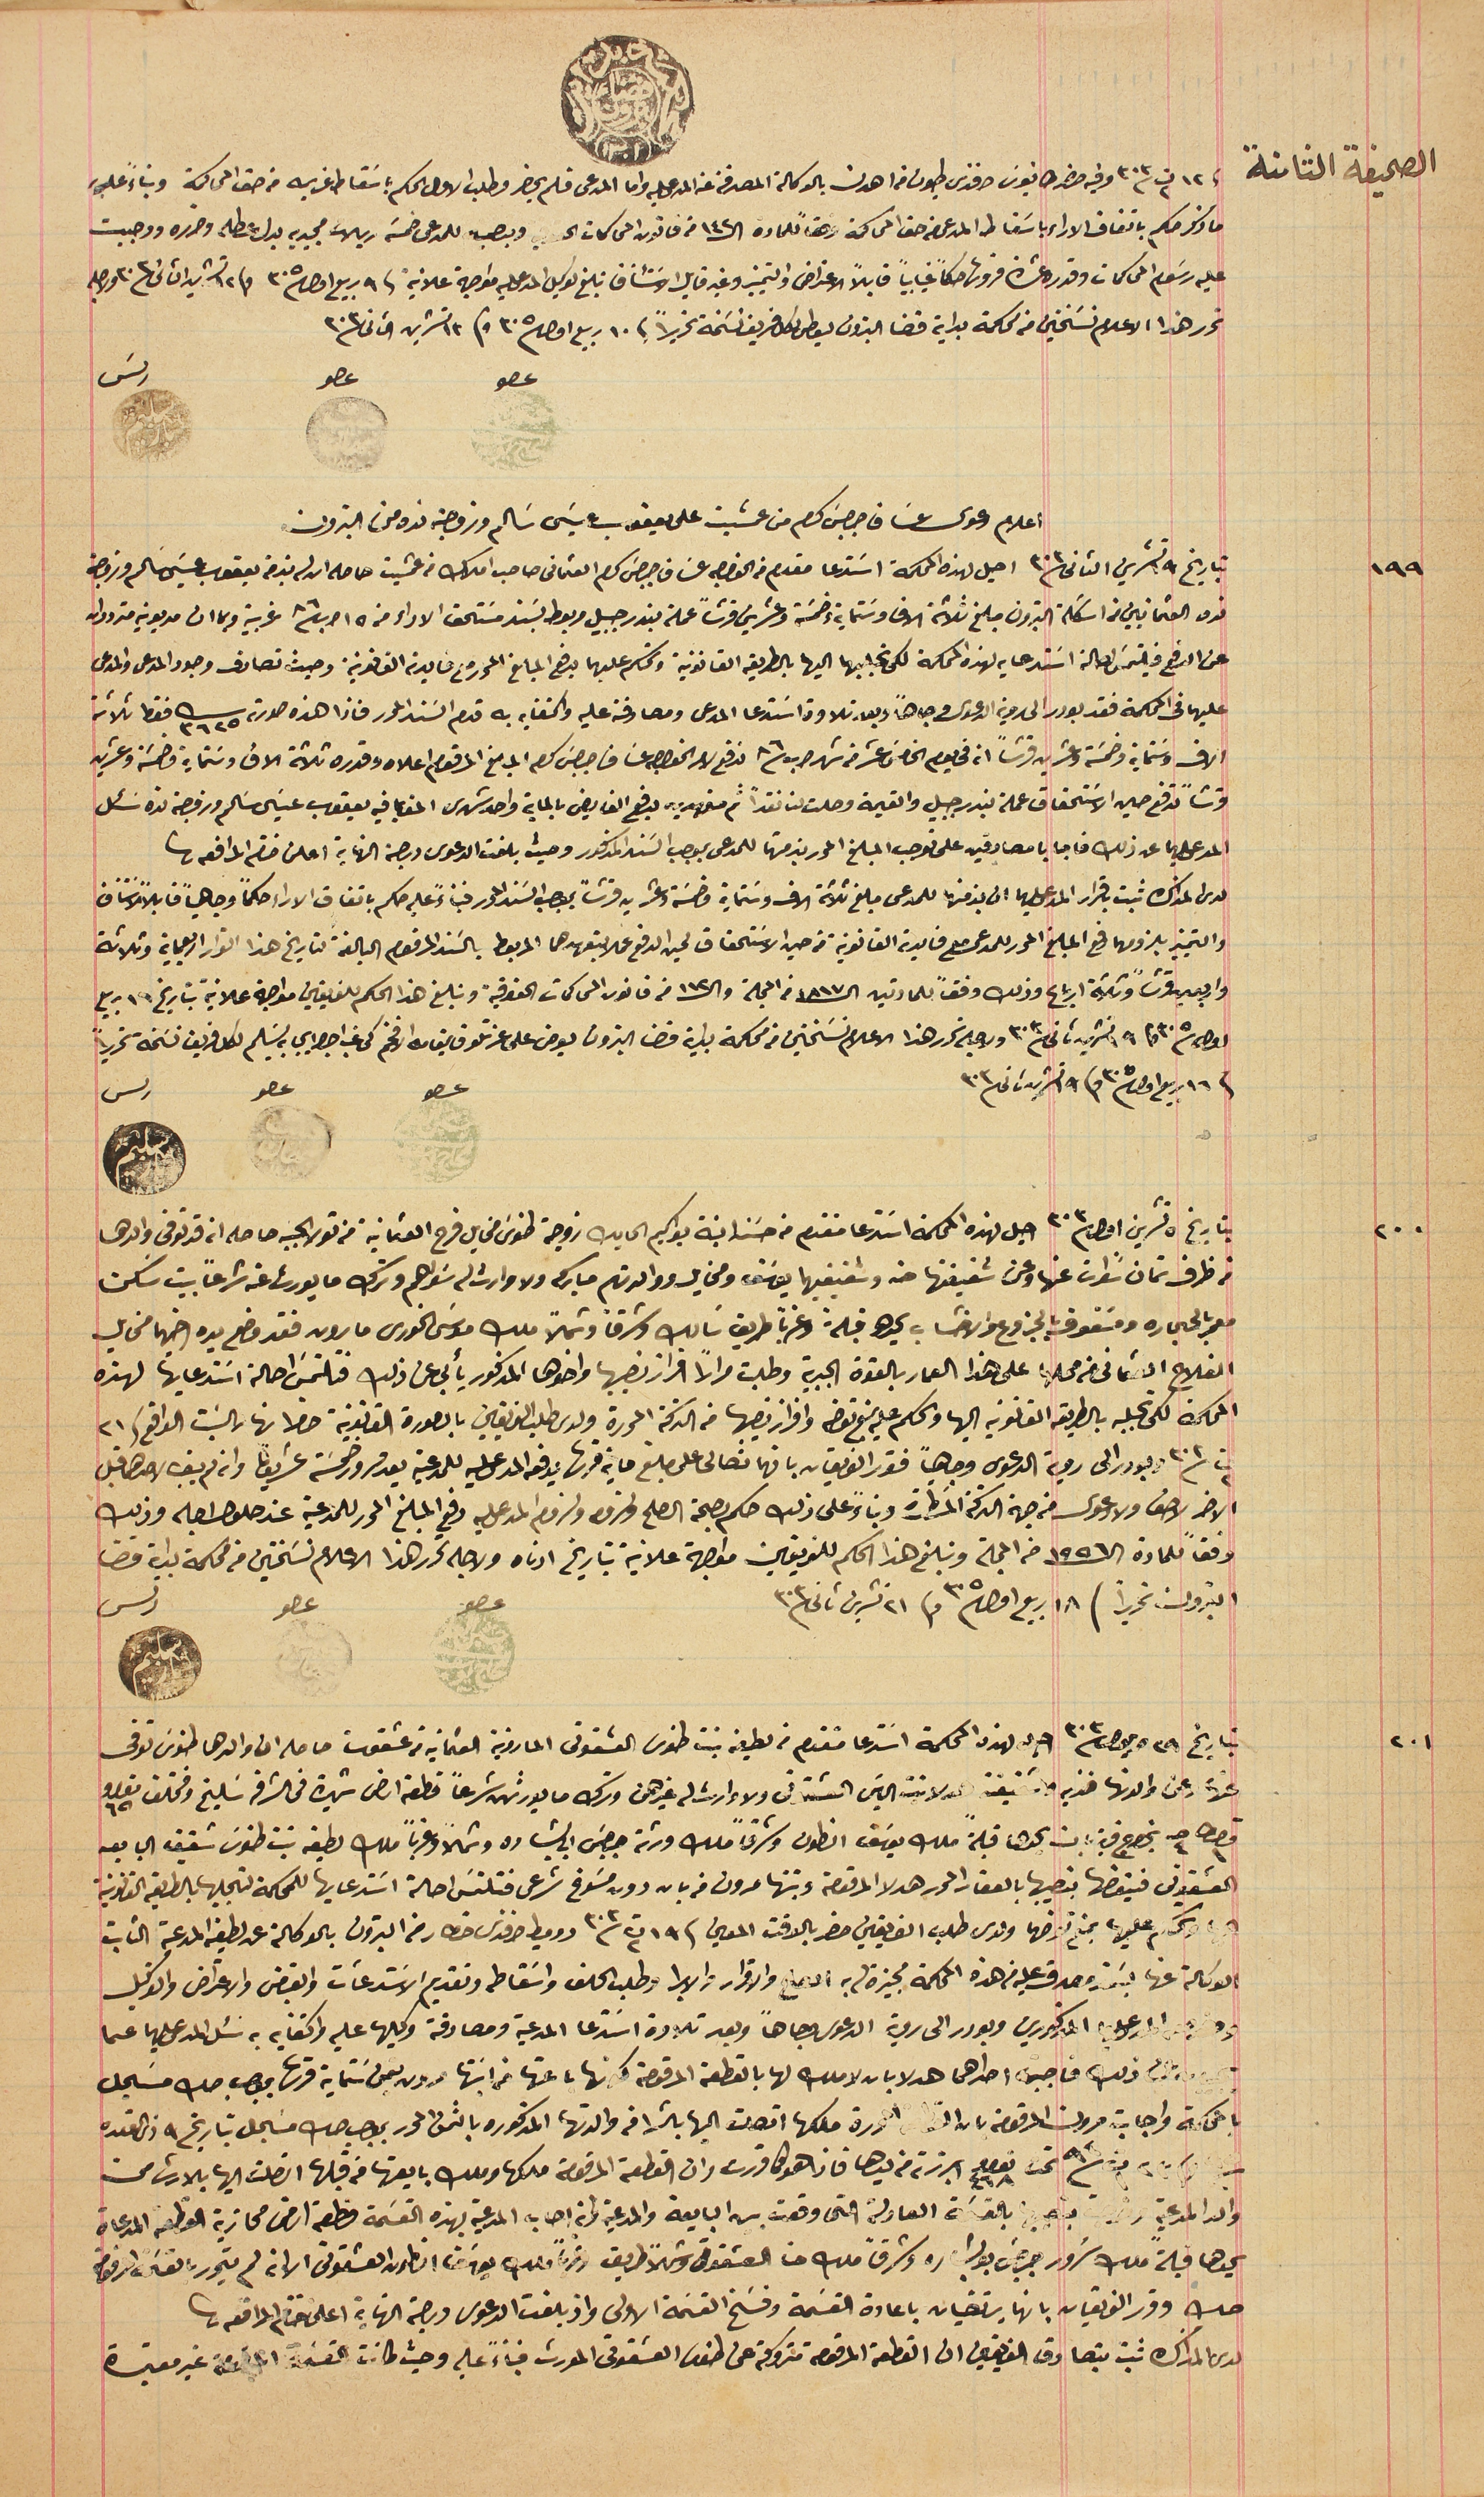
الصحيفة الثامنة فى ١٢ ت٢ ٣٠٣ وفيه حضر طانيوسَ افندى طيون من اهدن بالوكالة المصدقة عن المدعى عليه واما المدعى فلم يحضر وطلب الاول الحكم باسَقاط غريمه من حق المحاكمة وبناءً عليه
ما ذكر حكم باتفاق الاراء باسقاط المدعى من حق المحاكمة وفقاً للمادة ال١٤٢ من قانون المحاكمات الحقوقي ويوجب للمدعى خمسَة ريالات مجيديه بدل عطله وضرره ووجبت
عليه رسَوم المحاكمات وقدره عشرة قروش حكماً غيابياً قابلاً الاعتراض والتمييز وغير قابل الاسَتئناف تبلغ لوكيل المدعى عليه مواجهة علانية فى ٩ ربيع اول ٣٠٥ و ١٢ تشرين الثانى/٣٠٣ ولاجله
تحرر هذا الاعلام نسَختين من محكمة بداية قضا البترون ليعطى لكل فريق نسَخة تحريراً فى ١٠ ربيع اول ٣٠٥ و ١٣ تشرين الثانى ٣٠٣
اعلام دعوى عسَاف جرجسَ كرم من عمشيت على يعقوب عيسَى سَالم وزوجته نده من البترون
بتاريخ ١٩ تشرين الثانى ٣٠٣ احيل لهذه المحكمة اسَتدعا مقدم من الخواجه عسَاف جرجسَ كرم العثمانى صاحب املاك من عمشيت حاصله ان له بذمة يعقوب عيسَى سَالم وزوجته
نده العثمانيين من اسَكلة البترون مبلغ ثلاثة الاف وسَتماية وخمسَة وعشرين قرشاً عملة بندر جبيل مربوط بسَند مسَتحق الاداء من ١٥ اب /٨٦ غربية وبما ان مديونيه مترددان
عن الدفع فليتمسَ احالة استدعايه لهذه المحكمة لكى نجلبهما اليها بالطريقه القانونية ونحكم عليهما بدفع المبلغ المحرر مع فايدته القانونية وحيث تصادف وجود المدعى والمدعى
عليهما فى المحكمة فقد بودر الى روية الدعوى وجاهاً وبعد تلاوة اسَتدعا المدعى ومصادقته عليه واكتفايه به قدم السَند المحرر فاذا هذه صورته ٣٦٢٥ فقط ثلاثة
الاف وستماية وخمسَة وعشرين قرشاً انه في يوم الخامسَ عشر من شهر اب ٨٦ ندفع لامر الخواجه عسَاف جرجسَ كرم المبلغ المرقوم اعلاه وقدره ثلاثة الاف وسَتماية وخمسَة وعشرين
قرشاً تدفع حين الاستحقاق عملة بندر جبيل والقيمة وصلت لنا نقداً ثم متعهدين بدفع الفايض بالماية واحد شهرى الحق بما فيه يعقوب عيسَى سَالم وزوجته نده سَئل
المدعى عليهما عن ذلك فاجابا مصادقين على توجب المبلغ المحرر بذمتها للمدعى بموجب السَند المذكور وحيث بلغت الدعوى درجة النهاية اعلن ختم المرافعة
لدى المذاكرة ثبت باقرار المدعى عيلهما ان بذمتها للمدعى مبلغ ثلاثة الاف وسَتماية وخمسَة وعشرين قرشاً بموجب السَند المحرر فبناءً عليه حكم باتفاق الاراء حكماً وجاهياً قابلاً للاستئناف
والتمييز بلزومهما دفع المبلغ المحرر للمدعى مع فايدته القانونية من حين الاسَتحقاق لحين الدفع عملا بتعهدهما المربوط بالسَند المرقوم البالغة لتاريخ هذا القرار اربعماية وثلاثة
واربعين قرشاً وثلاثة ارباع وذلك وفقاً للمادتين ال١٨١٧ من المجلة وال١١٢ من قانون المحاكمات الحقوقية وتبلغ هذا الحكم للفريقين مواجهة علانية بتاريخ ١٦ ربيع
اول ٣٠٥ وفى ١٩ تشرين ثانى ٣٠٣ ولاجله تحرر هذا الاعلام نسَختين من محكمة بداية قضا البترون يعرض على عزتلو قايمقام الافخم كى غب اجرا ايجابه تسَليم لكل فريق نسخة تحريراً
فى ١٦ ربيع اول ٣٠٥ وفى ١٩ تشرين ثانى ٣٠٣                                                               عصو                  عصو                     رىس
بتاريخ ٥ تشرين اول ٣٠٣ احيل لهذه المحكمة اسَتدعا مقدم من حسَنه ابنة يواكيم الحايك زوجة طنوسَ مخايل فرح العثمانية من تولا الجبه حاصله انه قد توفى والدها
من ظرف تمان سنوات عنها وعن شقيقتها حنه وشقيقيهما يوسَف ومخايل ووالدتهم مباركه ولا وارث له سَواهم وترك ما يورث عنه شرعاً بيت سكن
معمر بالحجاره ومسَقوف بالجزوع والاخشاب يحدها قبلة وغرباً طريق سَالك وشرقاً وشمالاً ملك موسَى الخورى مارون فقد وضع يده اخيهما مخايل
 الفلاح العثمانى من محلها على هذا العمار بالقوة الجبرية وطلبت مراراً افراز نصيبها واخوها المذكور يأبى عن ذلك فتلتمسَ احالة اسَتدعايها لهذه
المحكمة لكى تجلبه بالطريقه القانونية اليها والحكم عليه بمنع تعرض وافراز نصيبها من التركة المحررة ولدى طلب الفريقين بالصورة القانونية حضرا نهار السَبت الواقع فى٢١
ت٢ ٣٠٣ وبودر الى روية الدعوى وجاهياً فقرر الفريقان بانهما تصالحا على مبلغ ماية قرش يدفعه المدعى عليه للمدعية بعد مرور خمسَة عشريومًا وانه لم يبق لاحدهما قبل
الاخر لاحق ولا دعوى من جهة التركة المسَطرة وبناءً على ذلك حكم بصحة الصلح ولزومه ولزوم المدعى عليه دفع المبلغ المحرر للمدعية عند حلول اجله وذلك
وفقاً للمادة الـ١٥٥٦ من المجلة وتبلغ هذا الحكم للفريقين مواجهة علانية بتاريخ ادناه ولاجله تحرر هذا الاعلام نسَختين من محكمة بداية قضا
البترون تحريراً / ١٨ ربيع اول ٣٠٥ و٢١ تشرين ثاني ٣٠٣                                             عصو                          عصو             رىس
بتاريخ ٢٩ ايلول ٣٠٣ احيل لهذه المحكمة استدعا متقدم من لطيفه بنت طنوس العشقوتى المارونية العثمانية من عشقوت حاصله ان والدها طنوسَ توفى
عنها وعن والدتها فنديه وشقيقة هدلا بنت الياسَ العشقوتى ولا وارث له غيرهن وترك ما يورثهن شرعاً قطعة ارض شهيرة فى الشرفة سَليخ ومختلف نومرو ٦٥
قيراط ١ حبه ٤ بخراج قرية بان يحدها قبلة ملك يوسَف انطون وشرقاً ملك ورثه جرجسَ ابي بشاره وشمالاً وغرباً ملك لطيفه بنت طنوس شقيق البايعه
العشقوتى فيتقضها بنصيبها بالعقار المحرر هدلا المرقومة وبنتها مرون من بان دون مسَوغ شرعى فتلتمسَ احالة اسَتدعايها للمحكمة لتسجيلها بالطريقة القانونية
والحكم عليها بمنع تعرضها ولدى طلب الفريقين حضر بالوقت المعين فى ١٩ ت٢ سنة ٣٠٣ دوميط افندى خطار من البترون بالوكالة عن لطيفة المدعية الثابت

 الوكالة عنها بسَند مصدق عليه من هذه المحكمة مجيزة له به الصلح والاقرار والابرا وطلب الحلف واسَقاطه وتقديم الاسَتدعأت والقبض والاعتراض والتوكيل
وحضر المدعى عليهما المذكورين وبودر الى روية الدعوى وجاهاً وبعد تلاوة اسَتدعا المدعية ومصادقة وكيلها عليه واكتفايه به سَئل المدعى عليهما عما

يجيب به عن ذلك فاجبت احداهما هدلا بان لاملك لها بالقطعة المرقومة كونها باعتها من ابنتها مرون بثمن سَتماية قرشاً بموجب صك مسَجل
 بالمحكمة واجابت مرون المرقومه بان القطعة المحررة ملكها اتصلت اليها بالشرا من والدتها المذكوره بالثمن المحرر بموجب صك مسجل بتاريخه ٩ ذى القعده
٩٥ وفى ٢٣ ت١ /٩٤ تحت نومرو ٤٦٨ ابرزته من يدها فاذا هو كما قررت وان القطعة المرقومة ملكها وملك بايعتها من قبلها اتصلت اليها بالارث من
والد المدعية وخرجت بنصيبها بالقسمة العادلة التى وقعت بين البايعة والمدعية وانه اجاب المدعية بهذه القسَمة قطعة اراض محازية القطعة المدعاة
يحدها قبلةً ملك سَرور جرجسَ بولس وشرقاً ملك حنا العشقوتى وشمالاً طريق وغرباً ملك يوسَف انطون العشقوتى الا انه لم يتحرر بالقسَمة المرقومة
صك وقرر الفريقان بانها يرتضيان باعادة القسَمة وفسَخ القسَمة الاولي واذ بلغت الدعوى درجة النهاية اعلن ختام المرافعه
لدى النمذاكرة ثبت بتصادق الفريقين ان القطعة المرقومة متروكة عن طنوس العشقوتي المورث فبناءً عليه وحيث كانت القسمة  غير معتبرة
عصو                     عصو       رىس